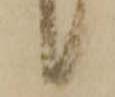
候